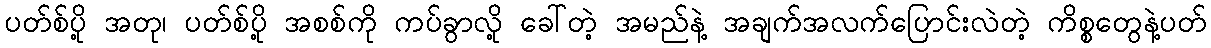
ပတ်စ်ပို့ အတု၊ ပတ်စ်ပို့ အစစ်ကို ကပ်ခွာလို့ ခေါ်တဲ့ အမည်နဲ့ အချက်အလက်ပြောင်းလဲတဲ့ ကိစ္စတွေနဲ့ပတ်